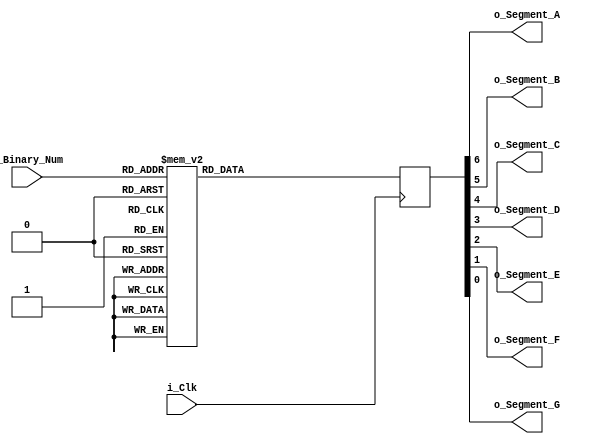
module Binary_To_7Segment(
    input i_Clk,
    input [3:0] i_Binary_Num,
    output      o_Segment_A,
    output      o_Segment_B,
    output      o_Segment_C,
    output      o_Segment_D,
    output      o_Segment_E,
    output      o_Segment_F,
    output      o_Segment_G);

reg [6:0] r_Hex_Encoding = 7'h00;

// purpose: create a case statement for all possible input binary numbers.
// drives r_Hex_Encoding appropriately for each input combination
always @(posedge i_Clk)
    begin
       case (i_Binary_Num)
        4'b0000 : r_Hex_Encoding <= 7'h7E;
        4'b0001 : r_Hex_Encoding <= 7'h30;
        4'b0010 : r_Hex_Encoding <= 7'h6D;
        4'b0011 : r_Hex_Encoding <= 7'h79;
        4'b0100 : r_Hex_Encoding <= 7'h33;
        4'b0101 : r_Hex_Encoding <= 7'h5B;
        4'b0110 : r_Hex_Encoding <= 7'h5F;
        4'b0111 : r_Hex_Encoding <= 7'h70;
        4'b1000 : r_Hex_Encoding <= 7'h7F;
        4'b1001 : r_Hex_Encoding <= 7'h7B;
        4'b1010 : r_Hex_Encoding <= 7'h77;
        4'b1011 : r_Hex_Encoding <= 7'h1F;
        4'b1100 : r_Hex_Encoding <= 7'h4E;
        4'b1101 : r_Hex_Encoding <= 7'h3D;
        4'b1110 : r_Hex_Encoding <= 7'h4F;
        4'b1111 : r_Hex_Encoding <= 7'h47;
       endcase        
    end

assign o_Segment_A = r_Hex_Encoding[6];
assign o_Segment_B = r_Hex_Encoding[5];
assign o_Segment_C = r_Hex_Encoding[4];
assign o_Segment_D = r_Hex_Encoding[3];
assign o_Segment_E = r_Hex_Encoding[2];
assign o_Segment_F = r_Hex_Encoding[1];
assign o_Segment_G = r_Hex_Encoding[0];

endmodule